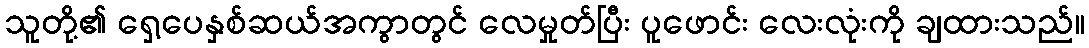
သူတို့၏ ရှေ့ပေနှစ်ဆယ်အကွာတွင် လေမှုတ်ပြီး ပူဖောင်း လေးလုံးကို ချထားသည်။